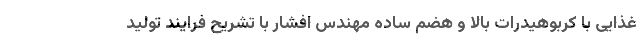
غذایی با کربوهیدرات بالا و هضم ساده مهندس افشار با تشریح فرایند تولید